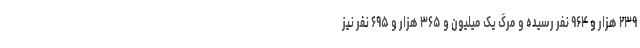
۲۳۹ هزار و ۹۶۴ نفر رسیده و مرگ یک میلیون و ۳۶۵ هزار و ۶۹۵ نفر نیز